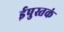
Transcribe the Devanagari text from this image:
ईपुस्तकं